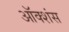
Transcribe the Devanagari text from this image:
ऑक्शंस